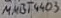
Text: MMBT4403